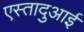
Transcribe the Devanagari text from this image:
एस्तादुआई